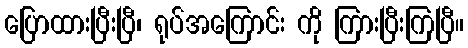
ပြောထားပြီးပြီ၊ ရုပ်အကြောင်း ကို ကြားပြီးကြပြီ။